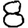
Digit: 8